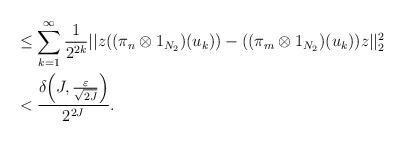
LaTeX: \begin{align*} & \leq \sum_{k=1}^{\infty} \frac{1}{2^{2k}} || z((\pi_n \otimes 1_{N_2})(u_k)) - ((\pi_m\otimes 1_{N_2})(u_k))z||^2_2\\& < \frac{\delta\Big(J,\frac{\varepsilon}{\sqrt{2J}}\Big)}{2^{2J}}.\end{align*}